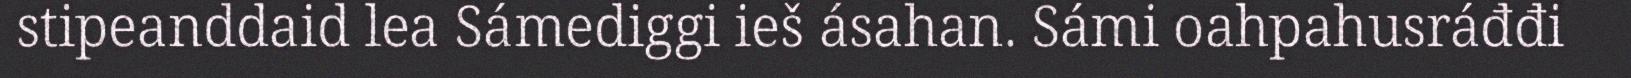
stipeanddaid lea Sámediggi ieš ásahan. Sámi oahpahusráđđi